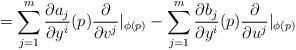
LaTeX: \begin{align*}= \displaystyle\sum_{j=1}^{m}\frac{\partial a_{j}}{\partial y^{i}}(p)\frac{\partial}{\partial v^{j}}|_{\phi(p)} - \displaystyle\sum_{j=1}^{m}\frac{\partial b_{j}}{\partial y^{i}}(p)\frac{\partial}{\partial u^{j}}|_{\phi(p)} \end{align*}